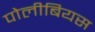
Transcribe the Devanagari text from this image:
पोलीबियस